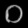
Digit: ၀